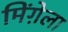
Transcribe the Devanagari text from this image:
मिंग़ेला